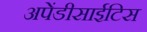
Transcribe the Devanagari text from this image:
अपेंडीसाईटिस